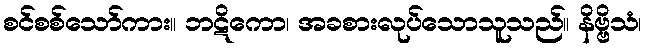
စင်စစ်သော်ကား။ ဘဋိကော၊ အခစားလုပ်သောသူသည်။ နိဗ္ဗိသံ၊